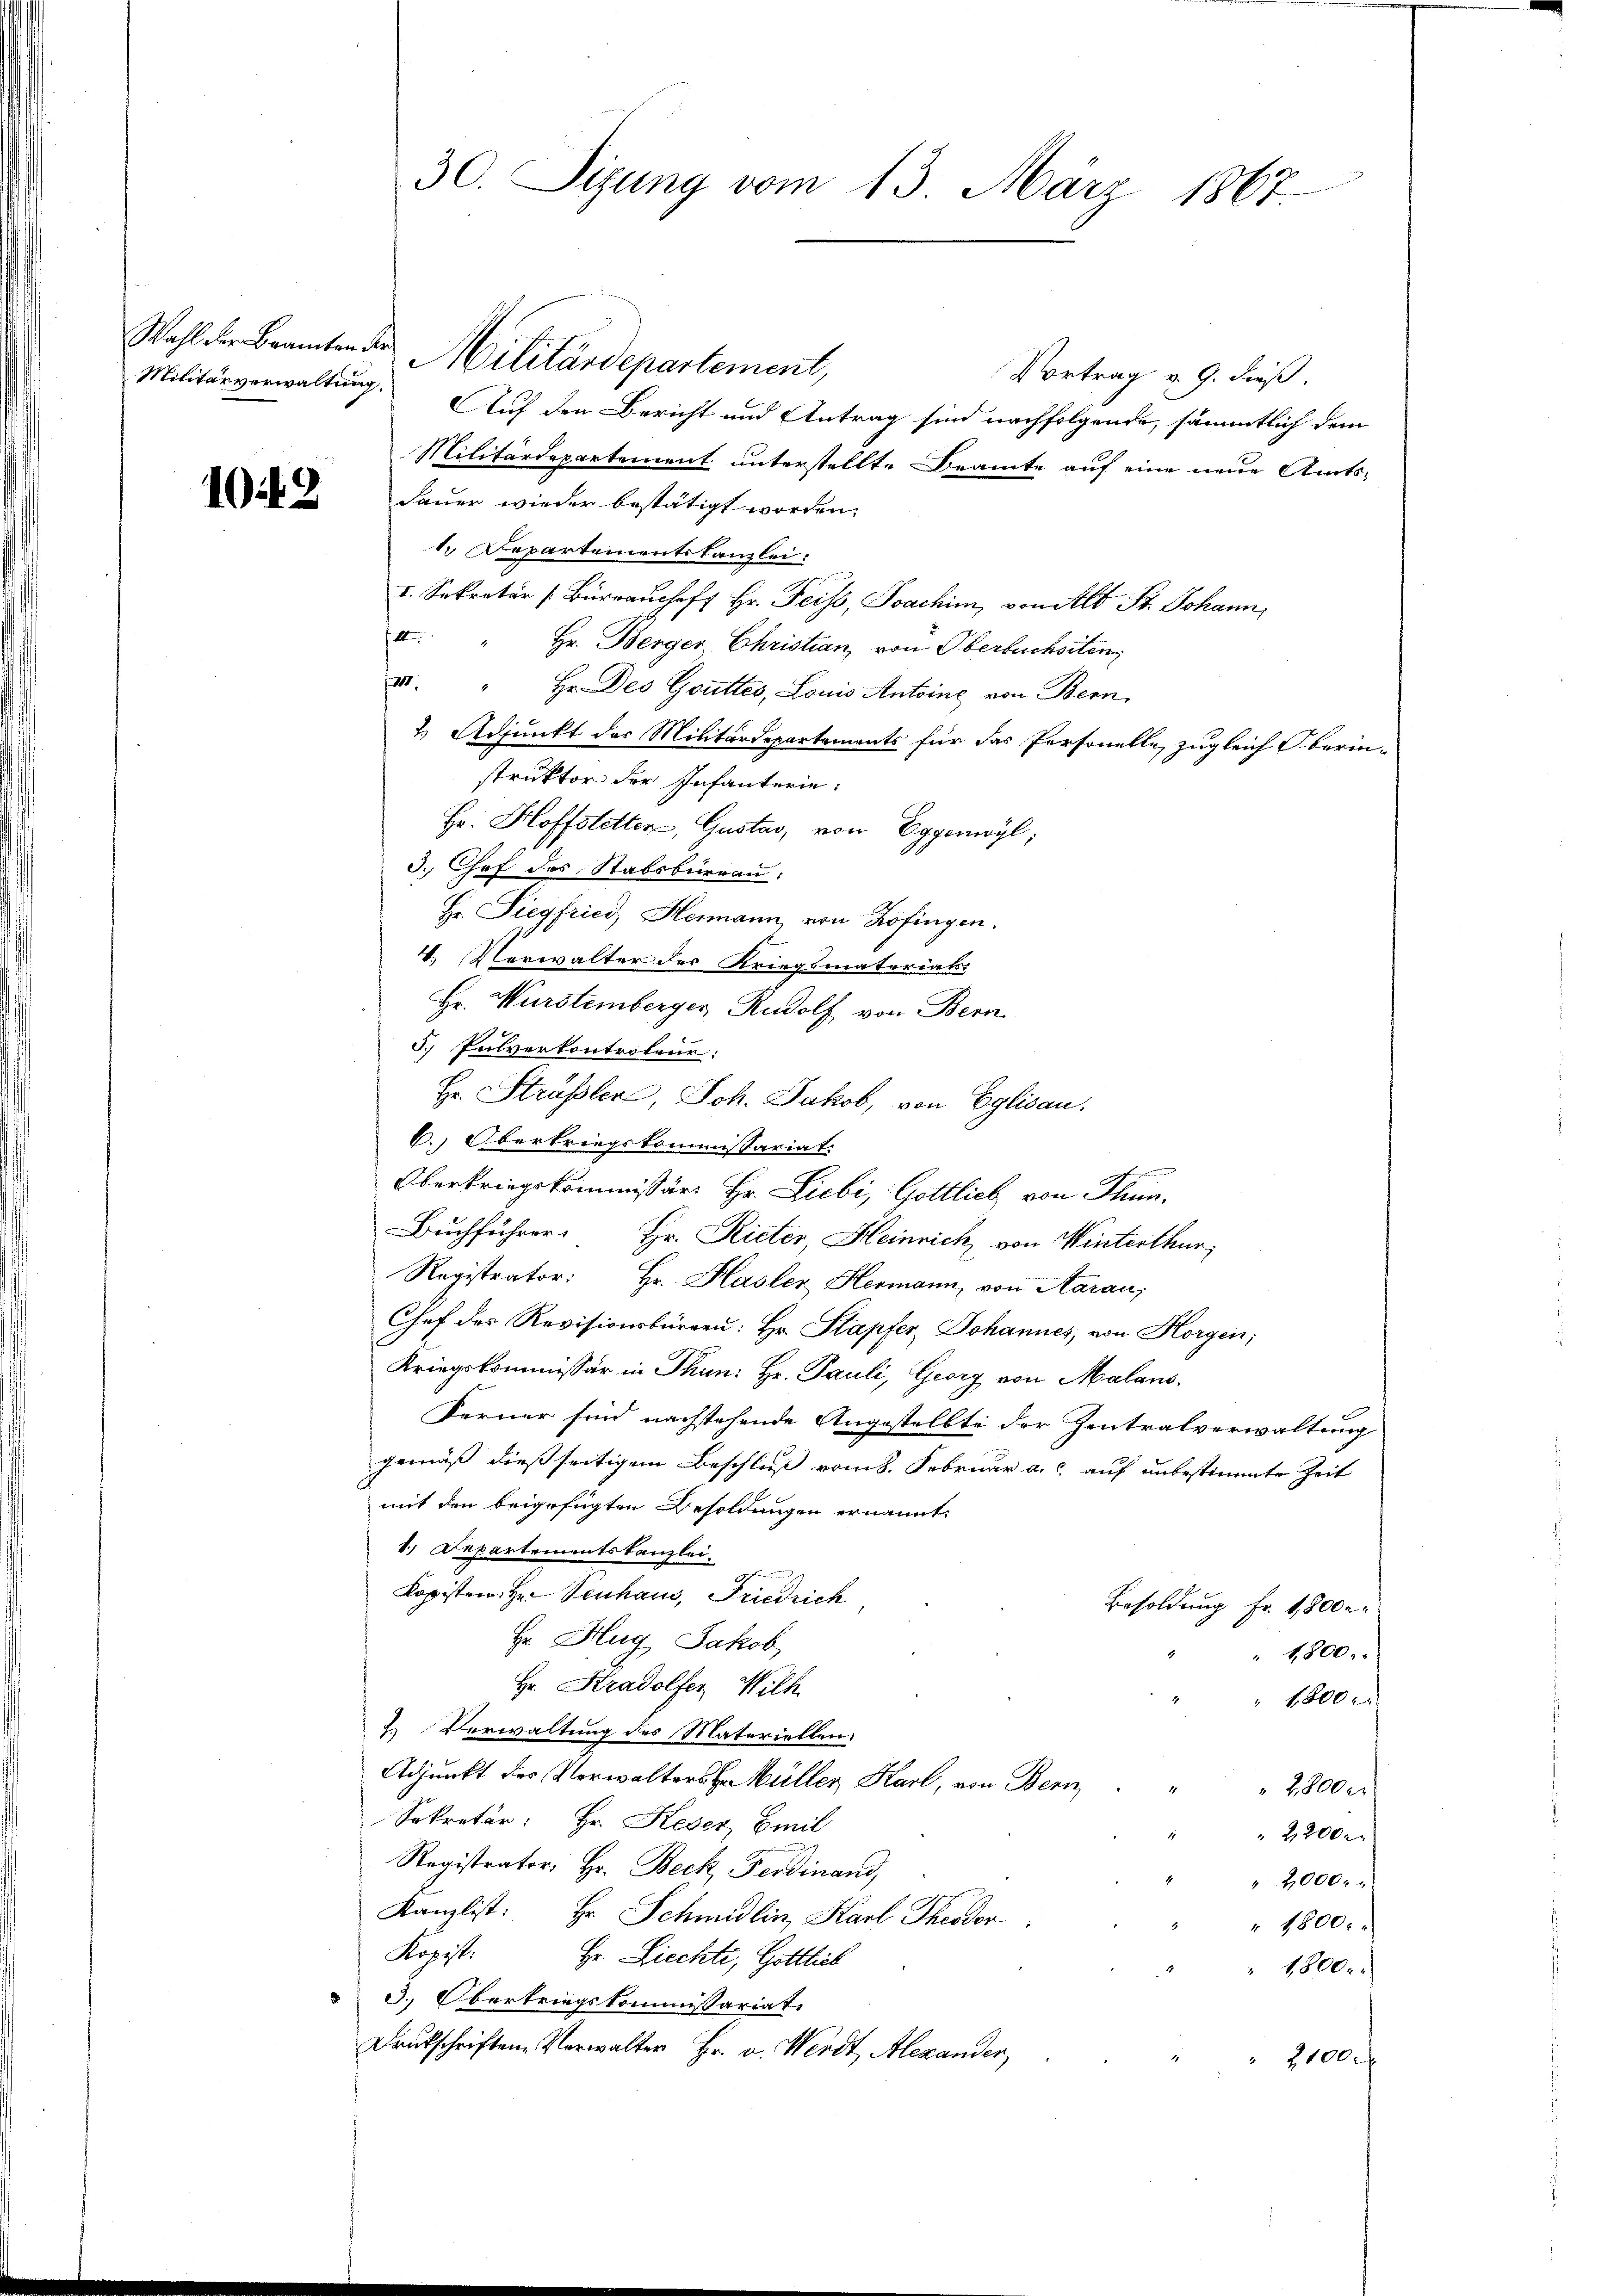
Militärverwaltung.

1049

Vortrag v. 9. dieß.
Auf den Bericht und Antrag sind nachfolgende, sämmtlich dem
Militärdepartement unterstellte Beamte auf eine neue Amts-
dauer wieder bestätigt worden.
 Departementskanzlei:
I. Sekretär [Büreaushoff Hr. Feiss, Joachim, von Alt St. Johann,
e
Hr. Berger Christian von Oberbuchsten,
II. Hr. Des Gottes, Louis Antoine von Bern,
2. Adjunkt des Militärdepartements für das Personelle, zugleich Oberinstruktor der Infanterie:
Hr. Hoffstetten, Gustav, von Eggenwyl,
3. Chef des Stabsburrau:
Hr. Siegfried Heimann, von Zofingen.
4. Verwalter des Kriegsmaterials:
Hr. Wurstemberger Rudolf von Bern.
3. Pulverkontrokene:
Hr. Sträßler, Joh. Jakob, von Eglisau.
6.) Oberkriegskommissariat.
Oberkriegskommissär Hr. Liebi, Gottlich von Thun.
Buchführer Hr. Rieter, Heinrich, von Winterthur;
Registrator: Hr. Hasler Hermann, von Aarau,
Chef des Revisionsbürgen: Hr. Stapfer, Johannes, von Horgen;
Kriegskommissär in Thun. Hr. Pauli, Georg von Malans.
Ferner sind nachstehende Angestellte der Zentralverwaltung
gemäß dießseitigem Beschluß vom k. Februar a.c. auf unbestimmte Zeit
mit den beigefügten Besoldungen ernannt.
1.) Departementskanzlei.
kopisten Hr. Neuhaus, Friedrich
Besoldung Fr. 1,800 r
Hr Hug, Jakob,
1800.
Hr. Kradolfer Wilh
1,800
2. Verwaltung des Materiellen:
Adjunkt des Verwalters zu Müller Karl, von Bern
Heu
Sekretär: Hr. Keser Emil
 2200 r
Registrator Hr. Beck, Ferdinand,
4000.
Kanzlist: Hr. Schmidlin, Karl Theodor
" 1800.
Kopist:
Hr. Ziechte, Gottlich
1800.
3. Obertriegskommissariat
Drukschriften Verwalter Hr. a. Werdt, Alexander,
2100 f

30. Sizung vom 13. März 1867.

Wahl der Beamten der Militärdepartement,